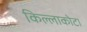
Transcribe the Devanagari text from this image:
किल्लाकोटा